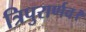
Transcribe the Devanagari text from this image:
त्रिपुरार्णव।